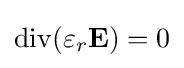
\operatorname {div} (\varepsilon _{r}\mathbf {E} )=0